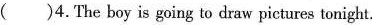
( )4.The boy is going to draw pictures tonight.